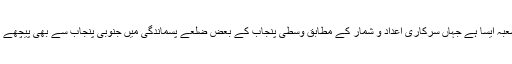
صرف یہی شعبہ ایسا ہے جہاں سرکاری اعداد و شمار کے مطابق وسطی پنجاب کے بعض ضلعے پسماندگی میں جنوبی پنجاب سے بھی پیچھے نظر آتے ہیں۔